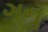
ગનૢ